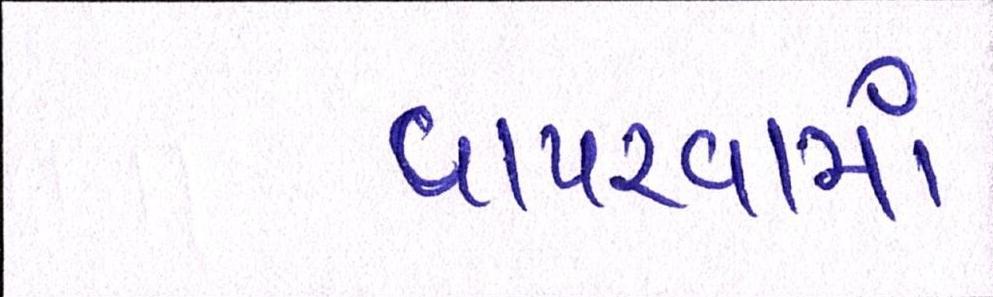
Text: વાપરવામાં